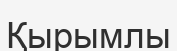
Қырымлы